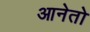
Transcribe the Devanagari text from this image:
आनेतो